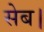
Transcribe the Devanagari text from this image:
सेब।